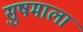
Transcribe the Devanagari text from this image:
सु़षमाला